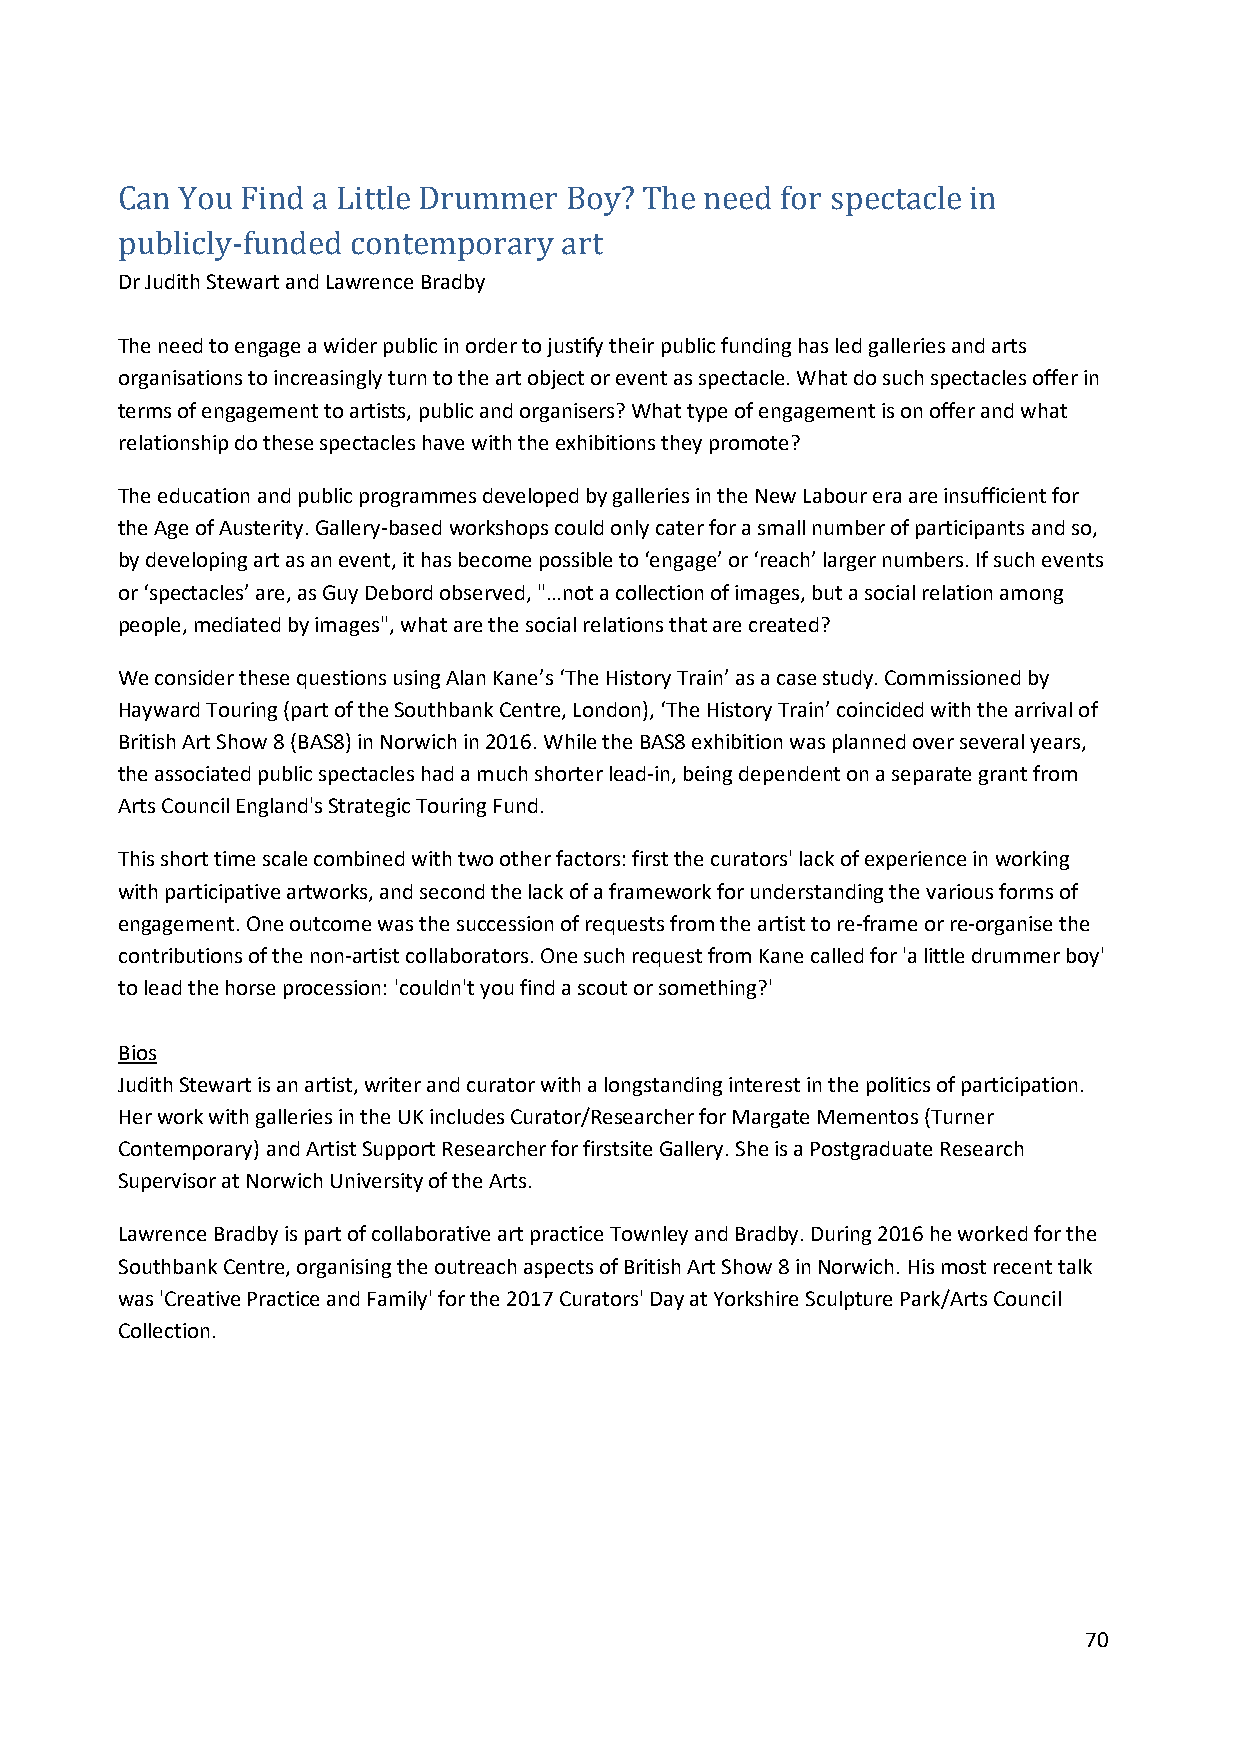
Can You Find a Little Drummer Boy? The need for spectacle in
 Dr Judith Stewart and Lawrence Bradby
 p ublicly-funded contemporary art
 The need to engage a wider public in order to justify their public funding has led galleries and arts
 organisations to increasingly turn to the art object or event as spectacle. What do such spectacles offer in
 terms of engagement to artists, public and organisers? What type of engagement is on offer and what
 relationship do these spectacles have with the exhibitions they promote?
 The education and public programmes developed by galleries in the New Labour era are insufficient for
 the Age of Austerity. Gallery-based workshops could only cater for a small number of participants and so,
 by developing art as an event, it has become possible to ‘engage’ or ‘reach’ larger numbers. If such events
 or ‘spectacles’ are, as Guy Debord observed, "…not a collection of images, but a social relation among
 people, mediated by images", what are the social relations that are created?
 We consider these questions using Alan Kane’s ‘The History Train’ as a case study. Commissioned by
 Hayward Touring (part of the Southbank Centre, London), ‘The History Train’ coincided with the arrival of
 British Art Show 8 (BAS8) in Norwich in 2016. While the BAS8 exhibition was planned over several years,
 the associated public spectacles had a much shorter lead-in, being dependent on a separate grant from
 Arts Council England's Strategic Touring Fund.
 This short time scale combined with two other factors: first the curators' lack of experience in working
 with participative artworks, and second the lack of a framework for understanding the various forms of
 engagement. One outcome was the succession of requests from the artist to re-frame or re-organise the
 contributions of the non-artist collaborators. One such request from Kane called for 'a little drummer boy'
 to lead the horse procession: 'couldn't you find a scout or something?'
 Bios
 Judith Stewart is an artist, writer and curator with a longstanding interest in the politics of participation.
 Her work with galleries in the UK includes Curator/Researcher for Margate Mementos (Turner
 Contemporary) and Artist Support Researcher for firstsite Gallery. She is a Postgraduate Research
 Supervisor at Norwich University of the Arts.
 Lawrence Bradby is part of collaborative art practice Townley and Bradby. During 2016 he worked for the
 Southbank Centre, organising the outreach aspects of British Art Show 8 in Norwich. His most recent talk
 was 'Creative Practice and Family' for the 2017 Curators' Day at Yorkshire Sculpture Park/Arts Council
 Collection.
 70